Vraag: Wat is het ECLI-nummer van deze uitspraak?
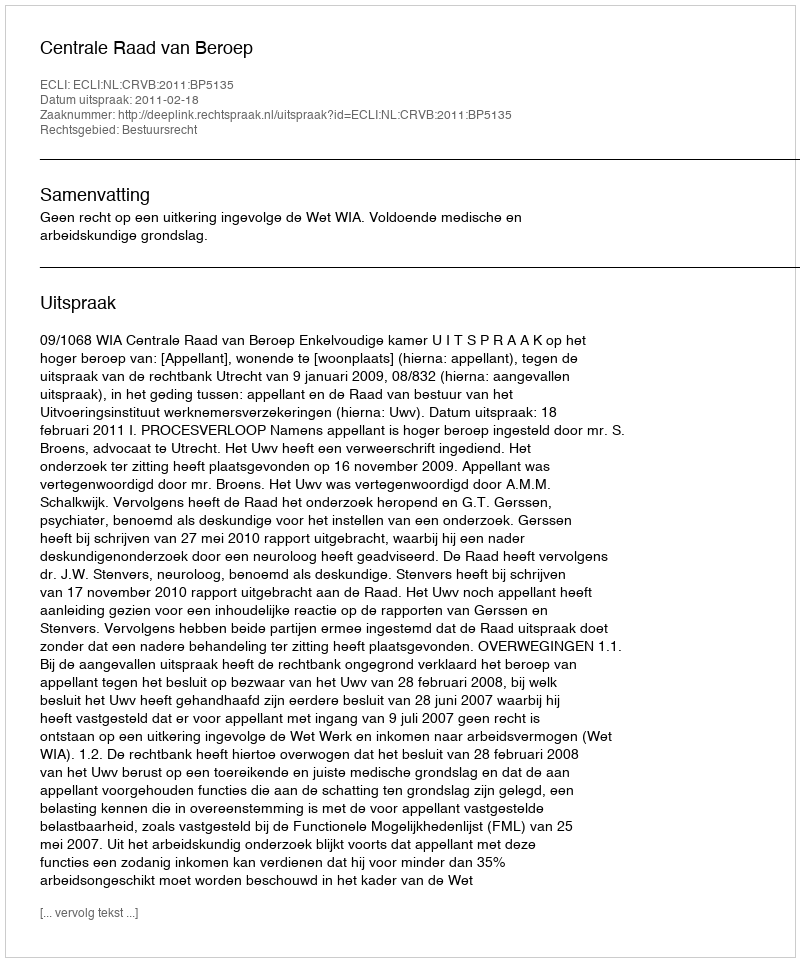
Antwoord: ECLI:NL:CRVB:2011:BP5135